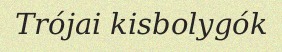
Trójai kisbolygók